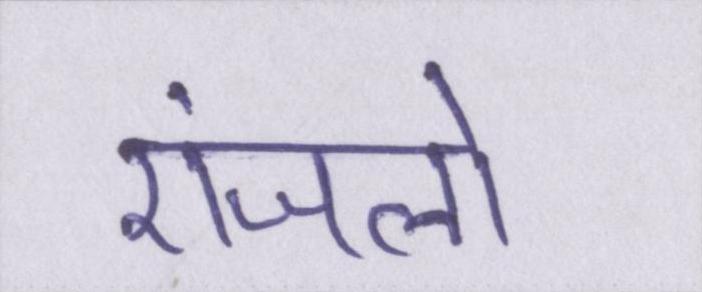
एंजलो